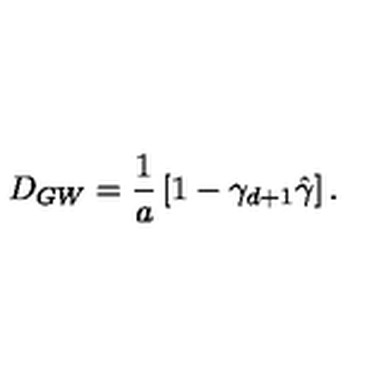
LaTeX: D _ { G W } = { \frac { 1 } { a } } \left[ 1 - \gamma _ { d + 1 } \hat { \gamma } \right] .